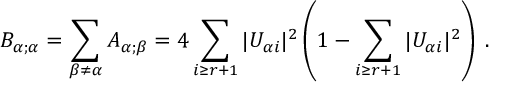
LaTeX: B _ { \alpha ; \alpha } = \sum _ { \beta \neq \alpha } A _ { \alpha ; \beta } = 4 \sum _ { i \geq r + 1 } | U _ { \alpha i } | ^ { 2 } \left( 1 - \sum _ { i \geq r + 1 } | U _ { \alpha i } | ^ { 2 } \right) \; .